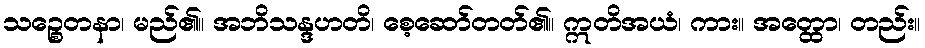
သဉ္စေတနာ၊ မည်၏။ အဘိသန္ဒဟတိ၊ စေ့ဆော်တတ်၏။ ဣတိအယံ၊ ကား။ အတ္ထော၊ တည်း။